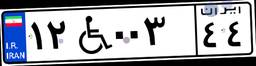
۹۹W۶۲۸۲۹